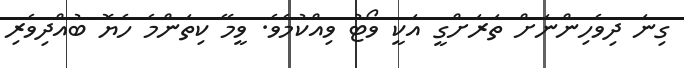
ގިނަ ދިވެހިންނަށް ތަރަށްގީ އަކީ ވޯޓު ވިއްކުމެވެ. ވީމޭ ކިތަންމެ ހެޔޮ ބުއްދިވެރި